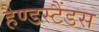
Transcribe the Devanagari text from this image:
हैण्डस्टैंडस